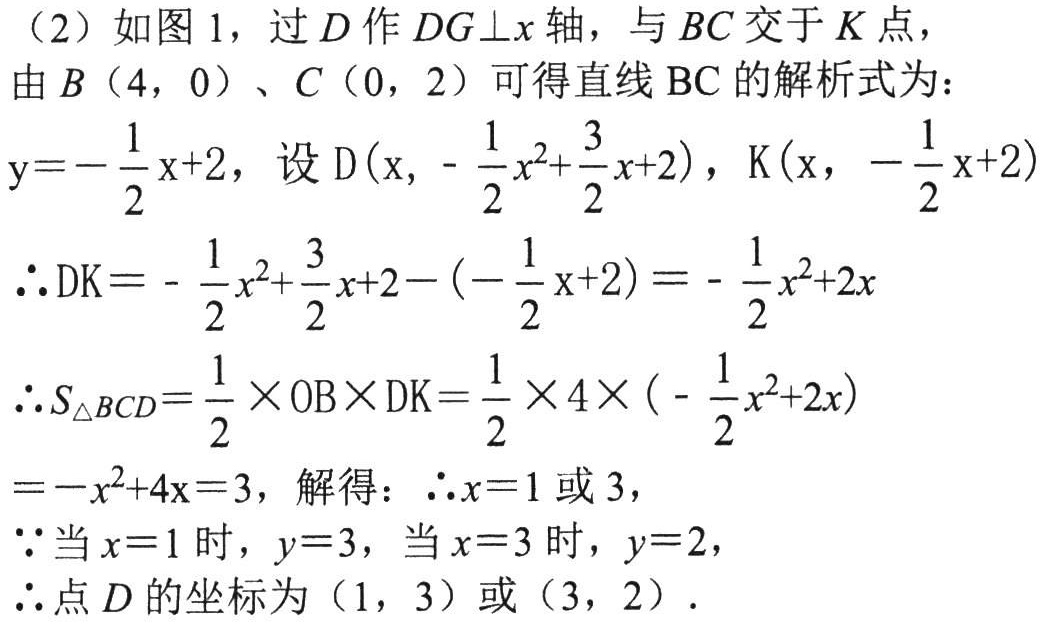
（2）如图 1，过 \(D\) 作 \(DG\bot x\) 轴，与 \(BC\) 交于 \(K\) 点，
由 \(B(4,0)\)、\(C(0,2)\) 可得直线 \(BC\) 的解析式为：
\(y =-\frac{1}{2}x + 2\)，设 \(D(x,-\frac{1}{2}x^{2}+\frac{3}{2}x + 2)\)，\(K(x,-\frac{1}{2}x + 2)\)
\(\therefore DK=-\frac{1}{2}x^{2}+\frac{3}{2}x + 2-(-\frac{1}{2}x + 2)=-\frac{1}{2}x^{2}+2x\)
\(\therefore S_{\triangle BCD}=\frac{1}{2}\times OB\times DK=\frac{1}{2}\times 4\times(-\frac{1}{2}x^{2}+2x)\)
\(=-x^{2}+4x = 3\)，解得：\(\therefore x = 1\) 或 \(3\)，
\(\because\) 当 \(x = 1\) 时，\(y = 3\)，当 \(x = 3\) 时，\(y = 2\)，
\(\therefore\) 点 \(D\) 的坐标为 \((1,3)\) 或 \((3,2)\)．